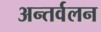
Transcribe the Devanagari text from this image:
अन्तर्वलन